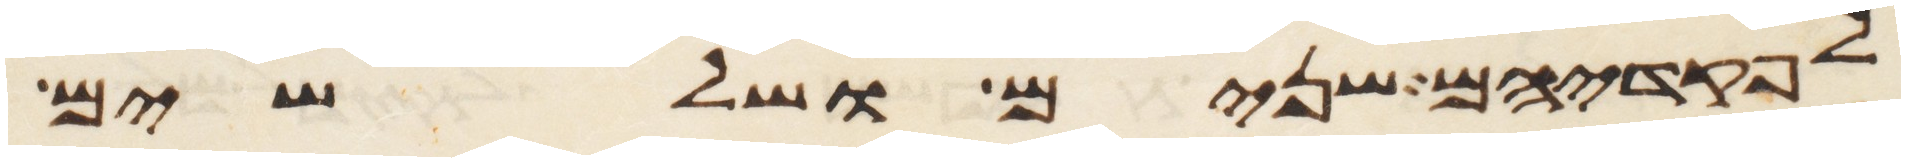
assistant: לפקדיהם שנים ושלשים